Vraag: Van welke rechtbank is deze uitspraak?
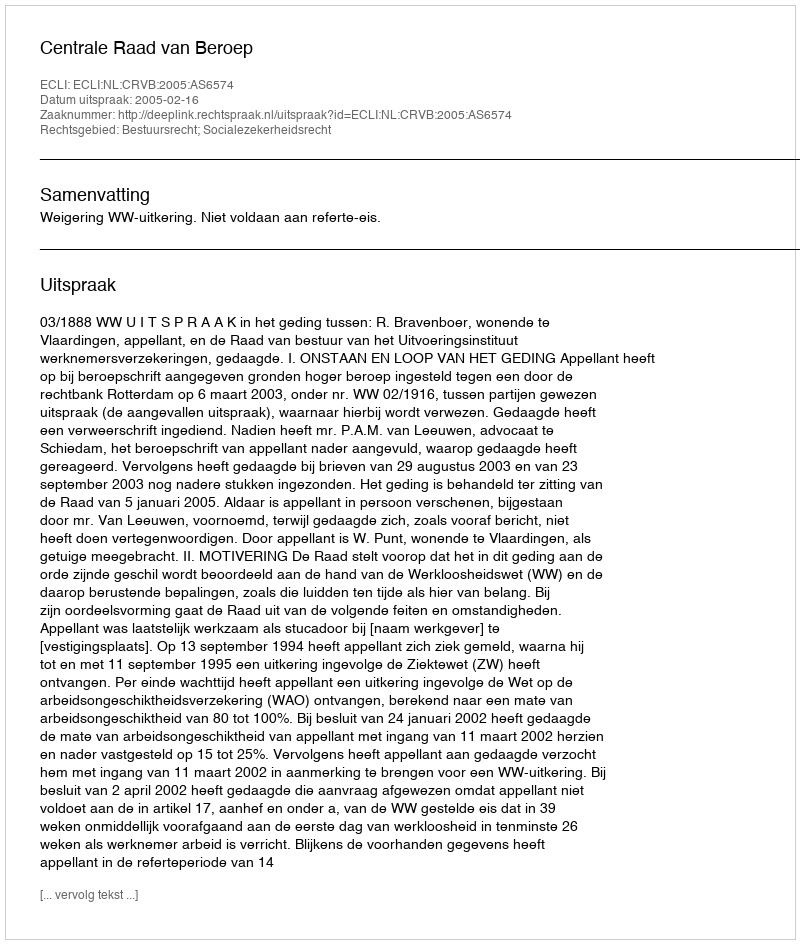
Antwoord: Centrale Raad van Beroep